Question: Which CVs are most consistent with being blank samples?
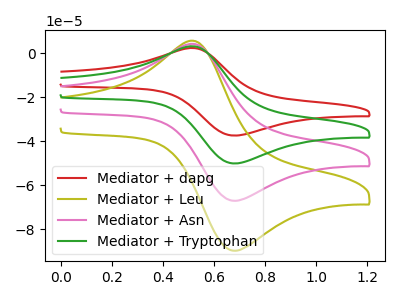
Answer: <think>The red curve "Mediator + dapg" has an anodic peak at (0.55V, 2.20uA) and a cathodic peak at (0.70V, -37.50uA). The olive curve "Mediator + Leu" has an anodic peak at (0.55V, 8.85uA) and a cathodic peak at (0.70V, -150.45uA). The pink curve "Mediator + Asn" has an anodic peak at (0.55V, 5.90uA) and a cathodic peak at (0.70V, -100.30uA). The green curve "Mediator + Tryptophan" has an anodic peak at (0.55V, 2.95uA) and a cathodic peak at (0.70V, -50.15uA).</think>
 <answer>There are not any CV's on this graph that are likely to be blanks.</answer>
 <eval>none</eval>